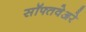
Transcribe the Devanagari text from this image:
सॉफ्तवेअरे